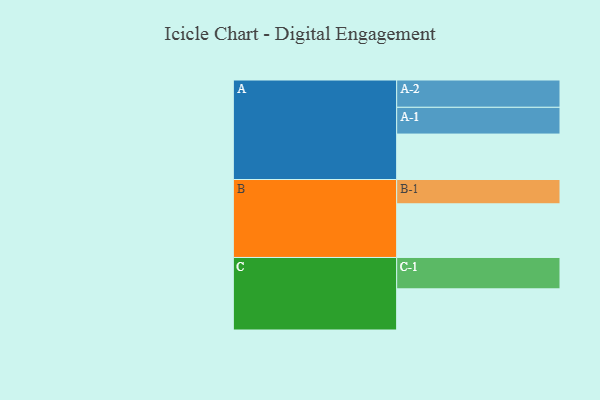
{"axis": {"x": "Segment", "y": "Value"}, "legend": ["", "A", "B", "C"], "data": [{"x": "A", "y": 426, "type": ""}, {"x": "B", "y": 503, "type": ""}, {"x": "C", "y": 386, "type": ""}, {"x": "A-1", "y": 251, "type": "A"}, {"x": "A-2", "y": 256, "type": "A"}, {"x": "B-1", "y": 228, "type": "B"}, {"x": "C-1", "y": 294, "type": "C"}]}